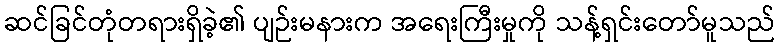
ဆင်ခြင်တုံတရားရှိခဲ့၏ ပျဉ်းမနားက အရေးကြီးမှုကို သန့်ရှင်းတော်မူသည်